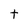
Character: t